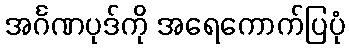
အင်္ဂဏပုဒ်ကို အရေကောက်ပြပုံ